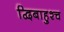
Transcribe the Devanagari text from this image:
द्विबाहुश्च